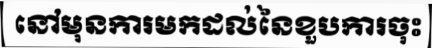
នៅមុនការមកដល់នៃខួបការចុះ